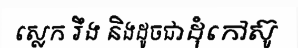
ស្លេក រឹង និងដូចជាដុំកៅស៊ូ